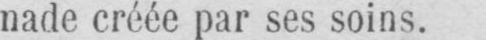
nade créée par ses soins.